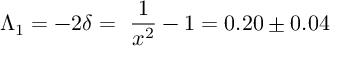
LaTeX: \Lambda _ { 1 } = - 2 \delta = ~ \frac { 1 } { x ^ { 2 } } - 1 = 0 . 2 0 \pm 0 . 0 4